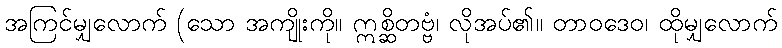
အကြင်မျှလောက် (သော အကျိုးကို။ ဣစ္ဆိတဗ္ဗံ၊ လိုအပ်၏။ တာဝဒေဝ၊ ထိုမျှလောက်